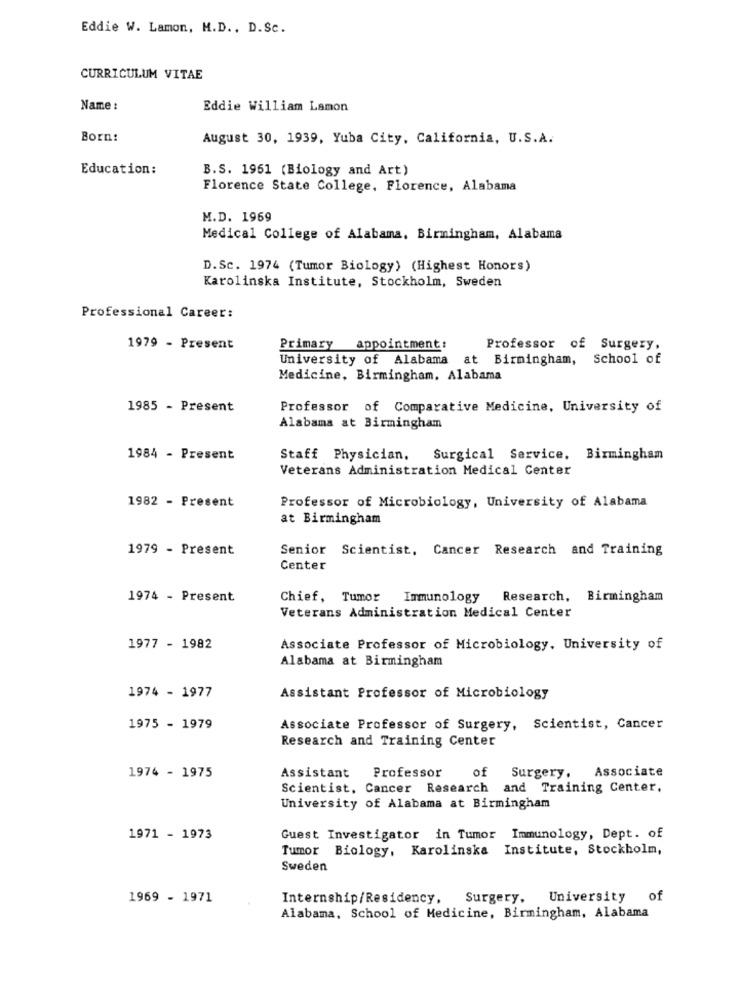
Eddie W. Lamon, M.D ., D.Sc.
CURRICULUM VITAE
Name :
Eddie William Lamon
Born:
August 30, 1939, Yuba City, California, U.S.A.
Education :
B.S. 1961 (Biology and Art)
Florence State College, Florence, Alabama
M.D. 1969
Medical College of Alabama, Birmingham, Alabama
D.Sc. 1974 (Tumor Biology) (Highest Honors)
Karolinska Institute, Stockholm, Sweden
Professional Career:
1979 - Present
Primary
appointment:
Professor of Surgery,
University of Alabama at Birmingham, School of
Medicine, Birmingham, Alabama
1985 - Present
Professor of Comparative Medicine, University of
Alabama at Birmingham
1984 - Present
Staff Physician, Surgical Service, Birmingham
Veterans Administration Medical Center
1982 - Present
Professor of Microbiology, University of Alabama
at Birmingham
1979 - Present
Senior Scientist, Cancer Research and Training
Center
1974 - Present
Chief, Tumor Immunology
Research, Birmingham
Veterans Administration Medical Center
1977 - 1982
Associate Professor of Microbiology. University of
Alabama at Birmingham
1974 - 1977
Assistant Professor of Microbiology
1975 - 1979
Associate Professor of Surgery, Scientist, Cancer
Research and Training Center
1974 - 1975
Assistant Professor
Associate
of Surgery.
Scientist, Cancer Research and Training Center.
University of Alabama at Birmingham
1971 - 1973
Guest Investigator in Tumor Immunology, Dept. of
Tumor Biology, Karolinska Institute, Stockholm,
Sweden
1969 - 1971
Internship/Residency, Surgery, University
of
Alabama, School of Medicine, Birmingham, Alabama